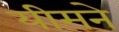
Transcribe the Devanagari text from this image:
यीमने